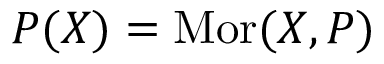
P ( X ) = \operatorname { M o r } ( X , P )